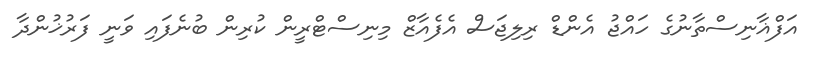
އަފްޣާނިސްތާނުގެ ހަައްޖު އެންޑް ރިލިޖަސް އެފެއާޒް މިނިސްޓްރީން ކުރިން ބުނެފައި ވަނީ ފަރުޚުންދާ